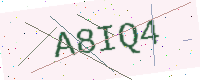
Text: A8IQ4